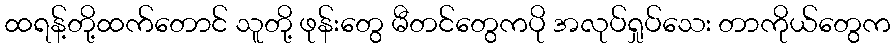
ထရန့်တို့ထက်တောင် သူတို့ ဖုန်းတွေ မီတင်တွေကပို အလုပ်ရှုပ်သေး တာကိုယ်တွေက